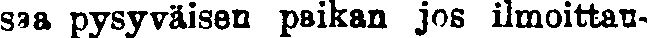
saa pysyväisen paikan jos ilmoittau-